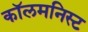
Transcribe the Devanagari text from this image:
कॉलमनिस्ट